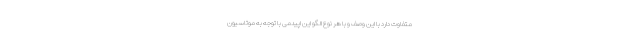
متفاوت دارد با این وصف و با هر نوع الگو این اپیدمی با توجه به موتاسیون